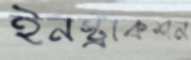
ইনস্ট্রাকশন